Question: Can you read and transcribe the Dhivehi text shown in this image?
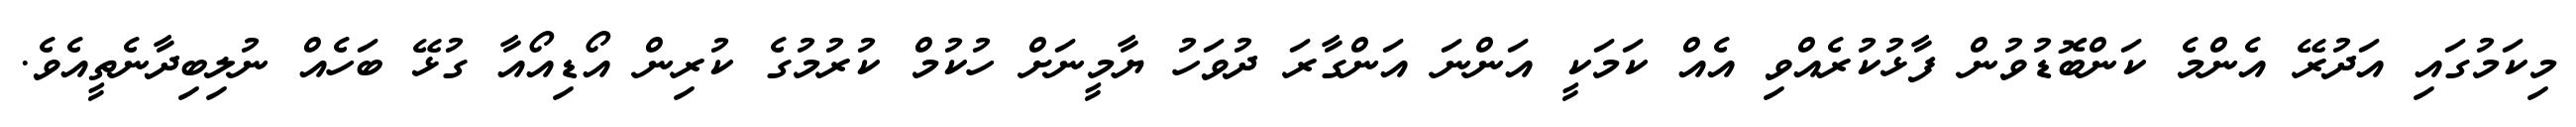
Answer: މިކަމުގައި އަދުރޭ އެންމެ ކަންބޮޑުވުން ފާޅުކުރެއްވި އެއް ކަމަކީ އަންނަ އަންގާރަ ދުވަހު ޔާމީނަށް ހުކުމް ކުރުމުގެ ކުރިން އޯޑިއޯއާ ގުޅޭ ބަހެއް ނުލިބިދާނެތީއެވެ.